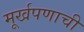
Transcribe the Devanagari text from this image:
मूर्खपणाची